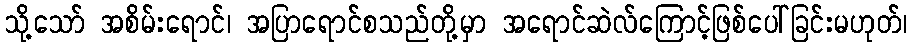
သို့သော် အစိမ်းရောင်၊ အပြာရောင်စသည်တို့မှာ အရောင်ဆဲလ်ကြောင့်ဖြစ်ပေါ်ခြင်းမဟုတ်၊